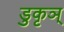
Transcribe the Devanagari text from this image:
डुकृञ्